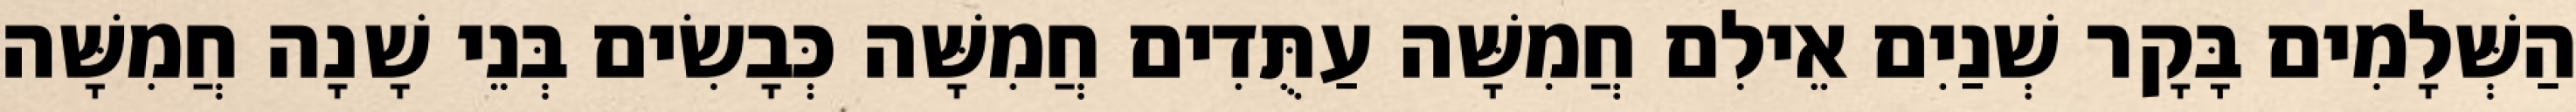
הַשְּׁלָמִים בָּקָר שְׁנַיִם אֵילִם חֲמִשָּׁה עַתֻּדִים חֲמִשָּׁה כְּבָשִׂים בְּנֵי שָׁנָה חֲמִשָּׁה